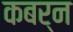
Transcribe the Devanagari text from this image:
कबर्न